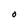
Character: O